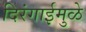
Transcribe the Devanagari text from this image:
दिरंगाईमुळे